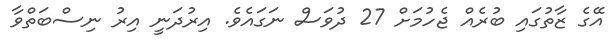
އޭގެ ޒާތުގައި ބުރެއް ޖެހުމަށް 27 ދުވަސް ނަގައެވެ. އިރުދަނީ އިރު ނިސްބަތްވާ